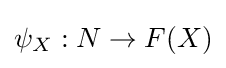
\psi _{X}:N\to F(X)